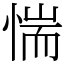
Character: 惴